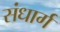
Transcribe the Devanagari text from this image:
संधार्ग